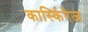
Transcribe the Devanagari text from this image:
कार्स्किरेज